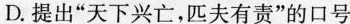
D.提出”天下兴亡，匹夫有责”的口号